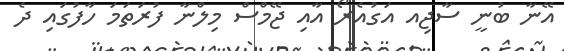
އޭނާ ބުނީ ސާޖިއ އަގުއެރޯ އާއި ޖޭމްސް މިލްނާ ފުރަތަމަ ހާފުގައި ދެ